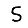
Digit: 5